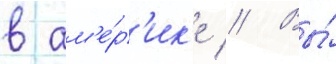
в ам'е́р'ик'е // Вы́